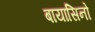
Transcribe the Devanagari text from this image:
बायासिनो